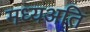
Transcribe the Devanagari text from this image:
मध्यअति